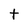
Character: t